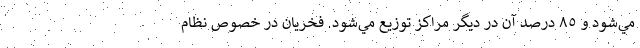
مي‌شود و ٨٥ درصد آن در ديگر مراكز توزيع مي‌شود. فخريان در خصوص نظام